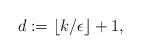
LaTeX: \begin{align*}d:= \left\lfloor k/\epsilon\right\rfloor+1,\end{align*}